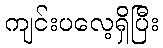
ကျင်းပလေ့ရှိပြီး